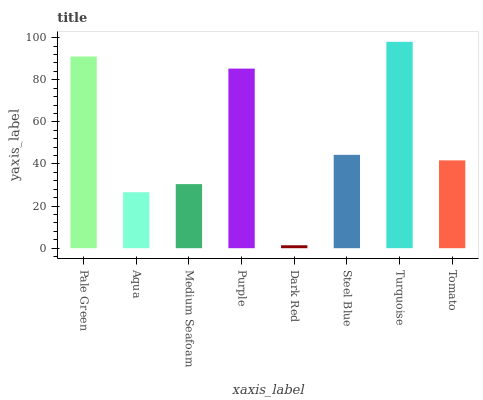
| xaxis_label | bars |
 | --- | --- |
 | Pale Green | 91 |
 | Aqua | 26.6 |
 | Medium Seafoam | 30.4 |
 | Purple | 85.3 |
 | Dark Red | 1.4 |
 | Steel Blue | 44.3 |
 | Turquoise | 98 |
 | Tomato | 41.7 |